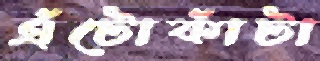
এঁটোকাঁটা